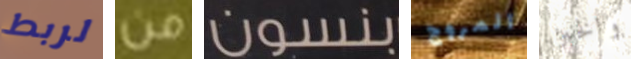
لربط من بنسون المروج والخبز